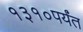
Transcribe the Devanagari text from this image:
१३१०पर्यंत